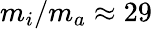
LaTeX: m_{i}/m_{a}\approx 29